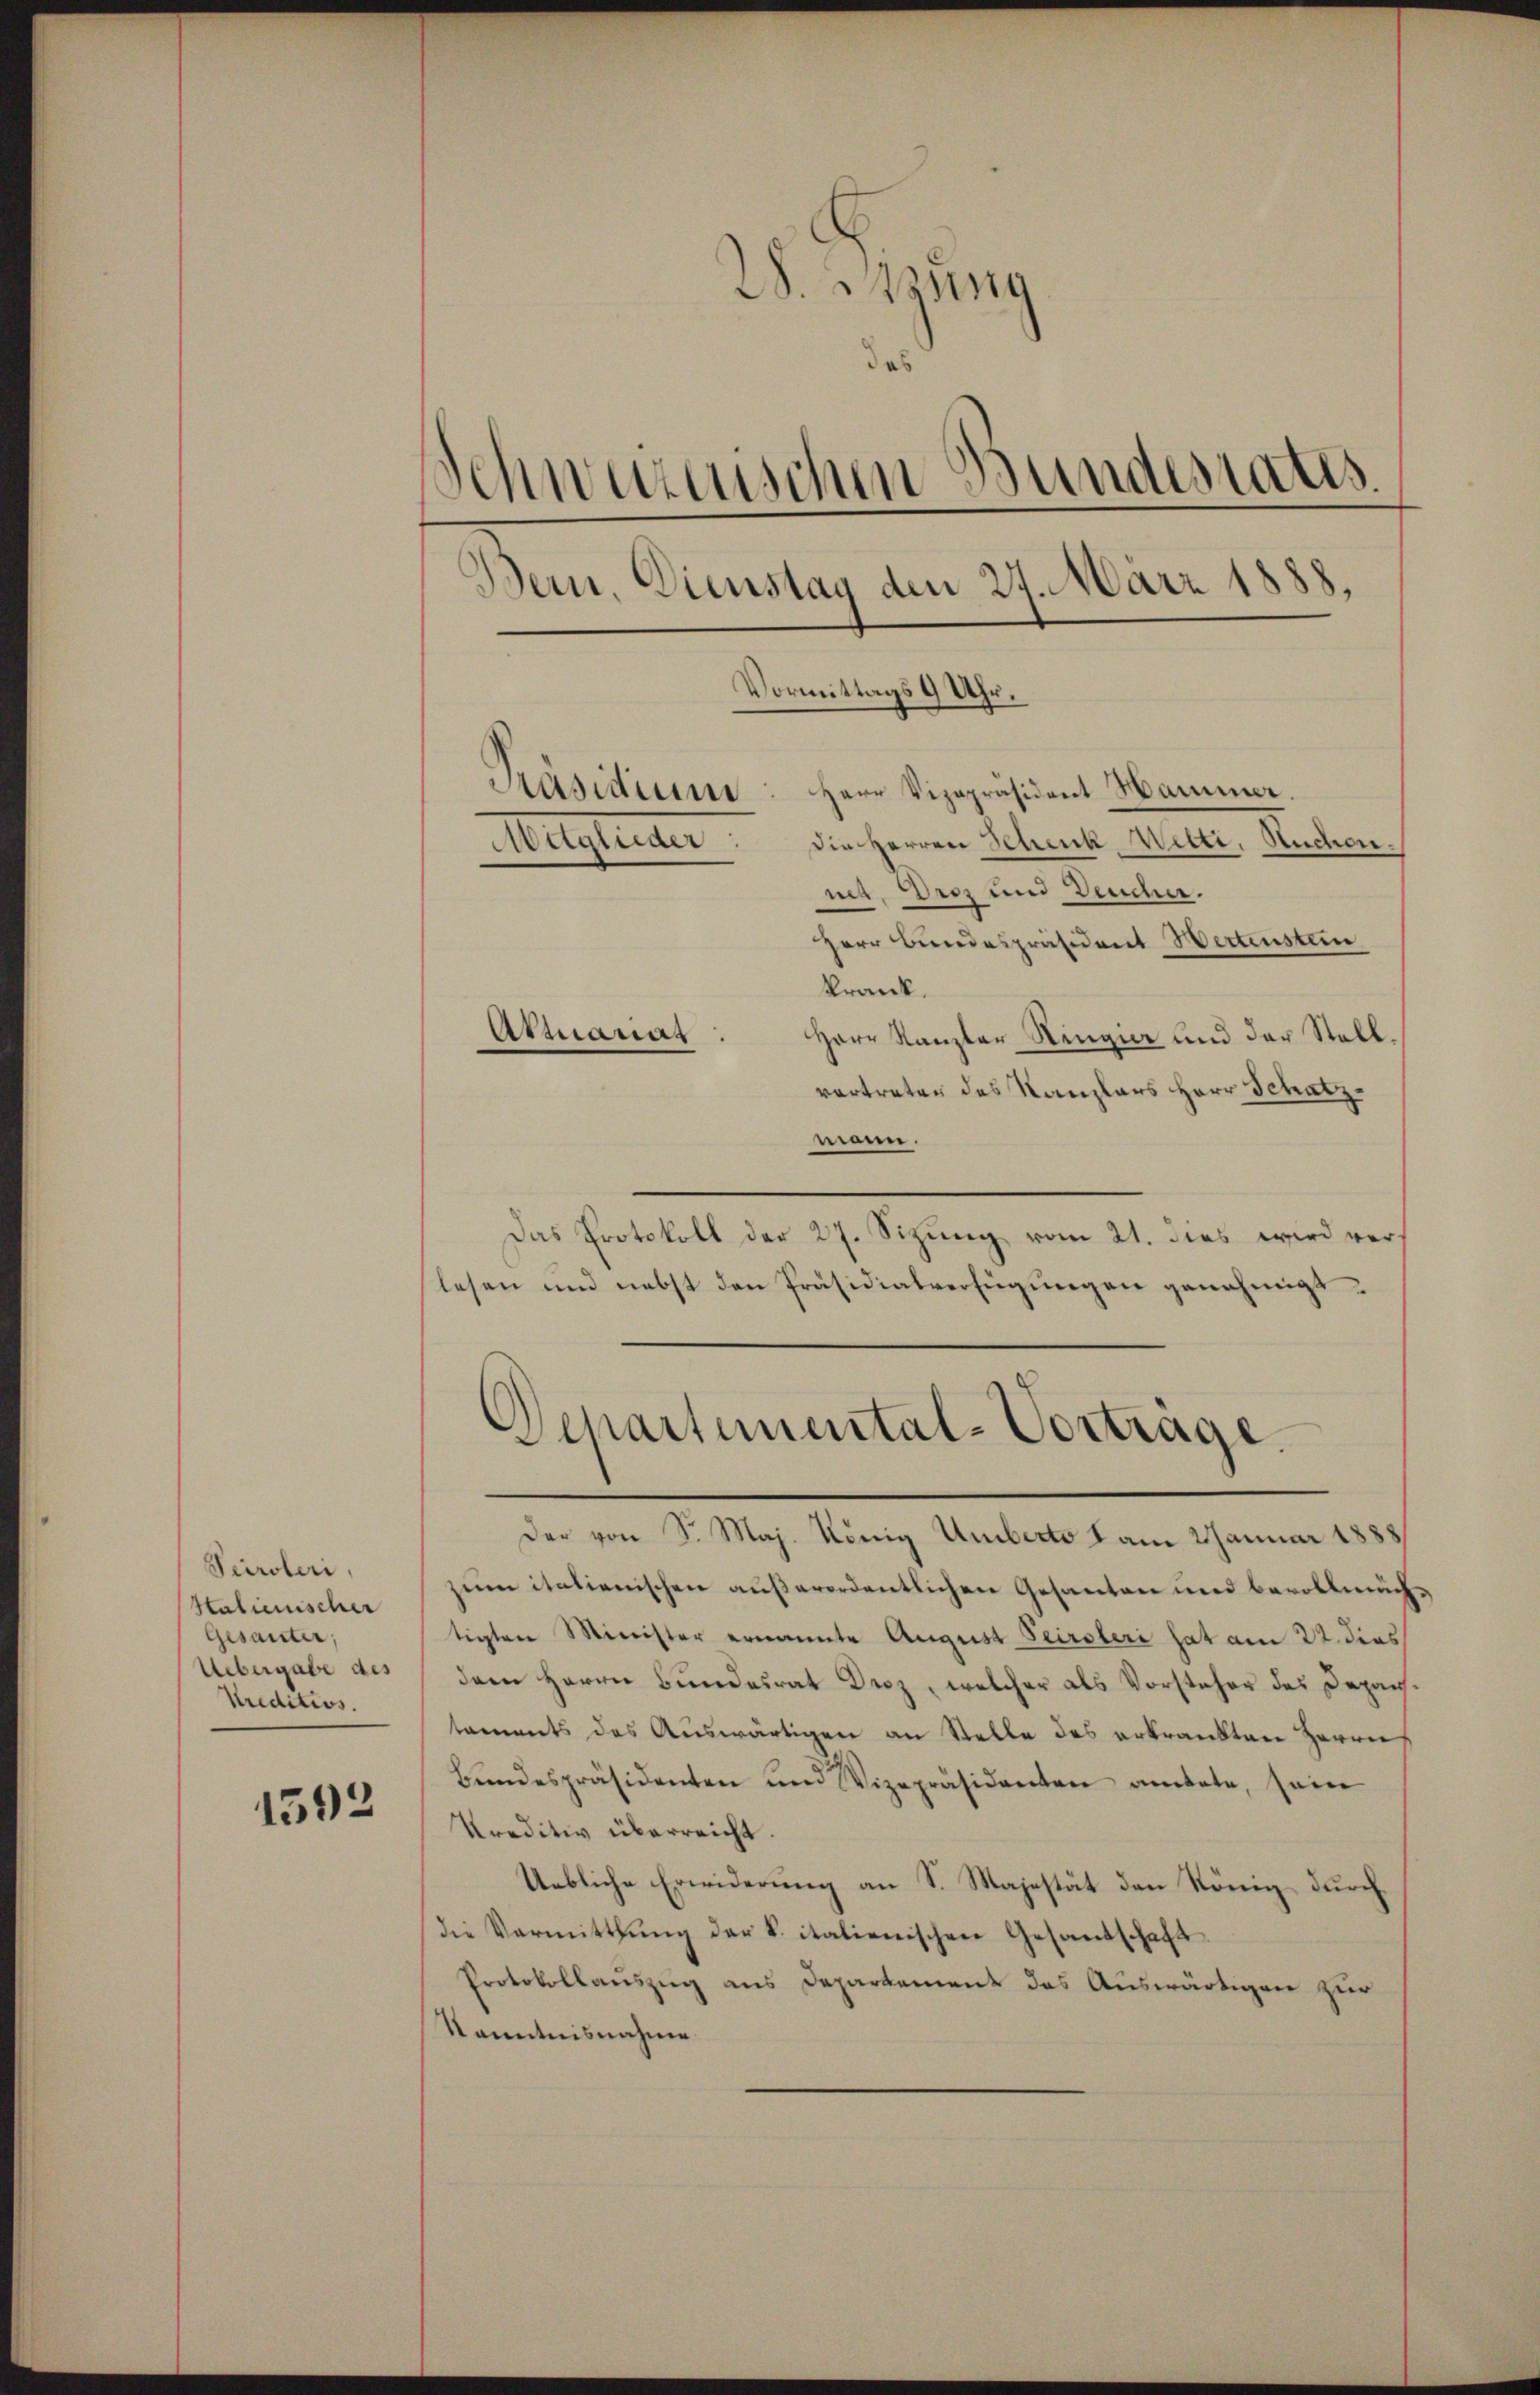
Peiroleri,
Stalienischer
Gesanter,
Uebergabe des
Kreditios.

1592

28. Sitzung
das
Schwurzenschen Bundesrats
Bern, Dienstag den 24. März 1888.
Vormittags 9 Uhr.
Präsidiums Herr Vizepräsident Hammer
die Herren Schenk Welti, Ruchen.
Meisterner
nes, Droz und Deucher.
Herr Bundespräsident Wertenstein
krank.
Armanns
Herr Kanzler Ringier und der Stall,

vertraten des Kanzlers Herr Schatz
monn.
Das Protokoll der 27. Sizŭng vom 21. dies wird verlesen und nebst den Präsidialverfügungen genehmigt.

Separtemental-Vortrage.

Der von Sr. Maj. König Umberto I am 2 Januar 1888
zum italienischen außerordentlichen Gesanten und bevollmächtigten Minister ernannte August Peirsteri hat am 22. dies
dem Herrn Bundesrat Droz, welcher als Vorsteher des Depachtaments des Auswärtigen an Stelle des erkrankten Herrn
Bŭndespräsidenten und Vizepräsidenten amtete, sein
Kreditiv überreicht.
Uebliche Erwiderung an S. Majestät den König, durch
die Vermittlung der S. italienischen Gesandschaft
Protokollauszug aus Departement das Auswärtigen zur
Kenntnisnahme